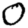
Digit: 0